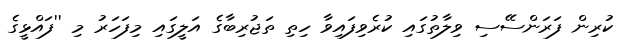
ކުރިން ފަރަންސޭސި ވިލާތުގައި ކުރެވިފައިވާ ހިތި ތަޖުރިބާގެ އަލީގައި މިފަހަރު މި ''ފައްޅީގެ